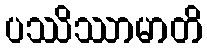
ပဿိဿာမာတိ